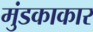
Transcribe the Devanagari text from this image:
मुंडकाकार